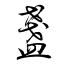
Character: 盞